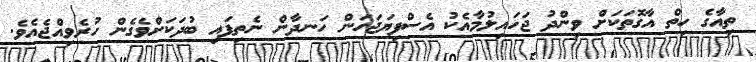
ތިއާގެ ހިތް އާގޮތަކަށް ވިންދު ޖަހައިލުމާއެކު އެސްފިޔަޖަހަން ހަނދާން ނެތިފައި ބުދަކަށްވެގެން ހުރެވިއްޖެއެވެ.